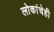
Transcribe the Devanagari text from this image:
लोकांचेही